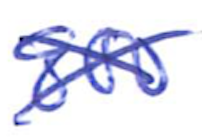
Text: 800
Cross-out: cross
Writing tool: ballpoint